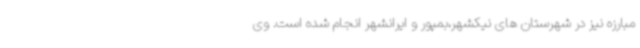
مبارزه نیز در شهرستان های نیکشهر،بمپور و ایرانشهر انجام شده است. وی